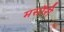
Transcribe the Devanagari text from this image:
मसौरी